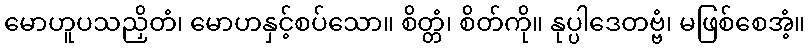
မောဟူပသညှိတံ၊ မောဟနှင့်စပ်သော။ စိတ္တံ၊ စိတ်ကို။ နုပ္ပါဒေတဗ္ဗံ၊ မဖြစ်စေအံ့။